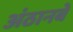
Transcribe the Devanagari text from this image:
अंठानबे